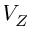
V _ { Z }